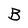
Character: B